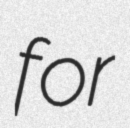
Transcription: for